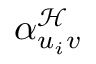
\alpha _ { u _ { i } v } ^ { \mathcal { H } }